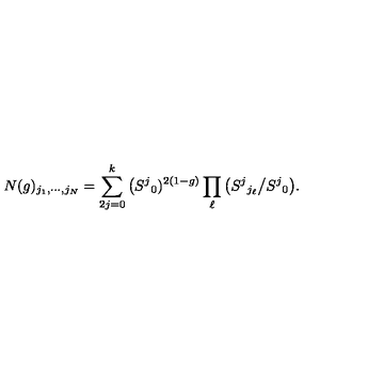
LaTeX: N ( g ) _ { j _ { 1 } , \cdots , j _ { N } } = \sum _ { 2 j = 0 } ^ { k } \big ( S ^ { j } { } _ { 0 } ) ^ { 2 ( 1 - g ) } \prod _ { \ell } \big ( S ^ { j } { } _ { j _ { \ell } } \big / S ^ { j } { } _ { 0 } \big ) .